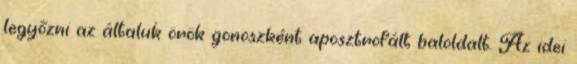
legyőzni az általuk örök gonoszként aposztrofált baloldalt. Az idei